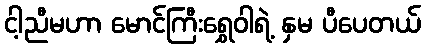
ငါ့ညီမဟာ မောင်ကြီးရွှေဝါရဲ့ နှမ ပီပေတယ်